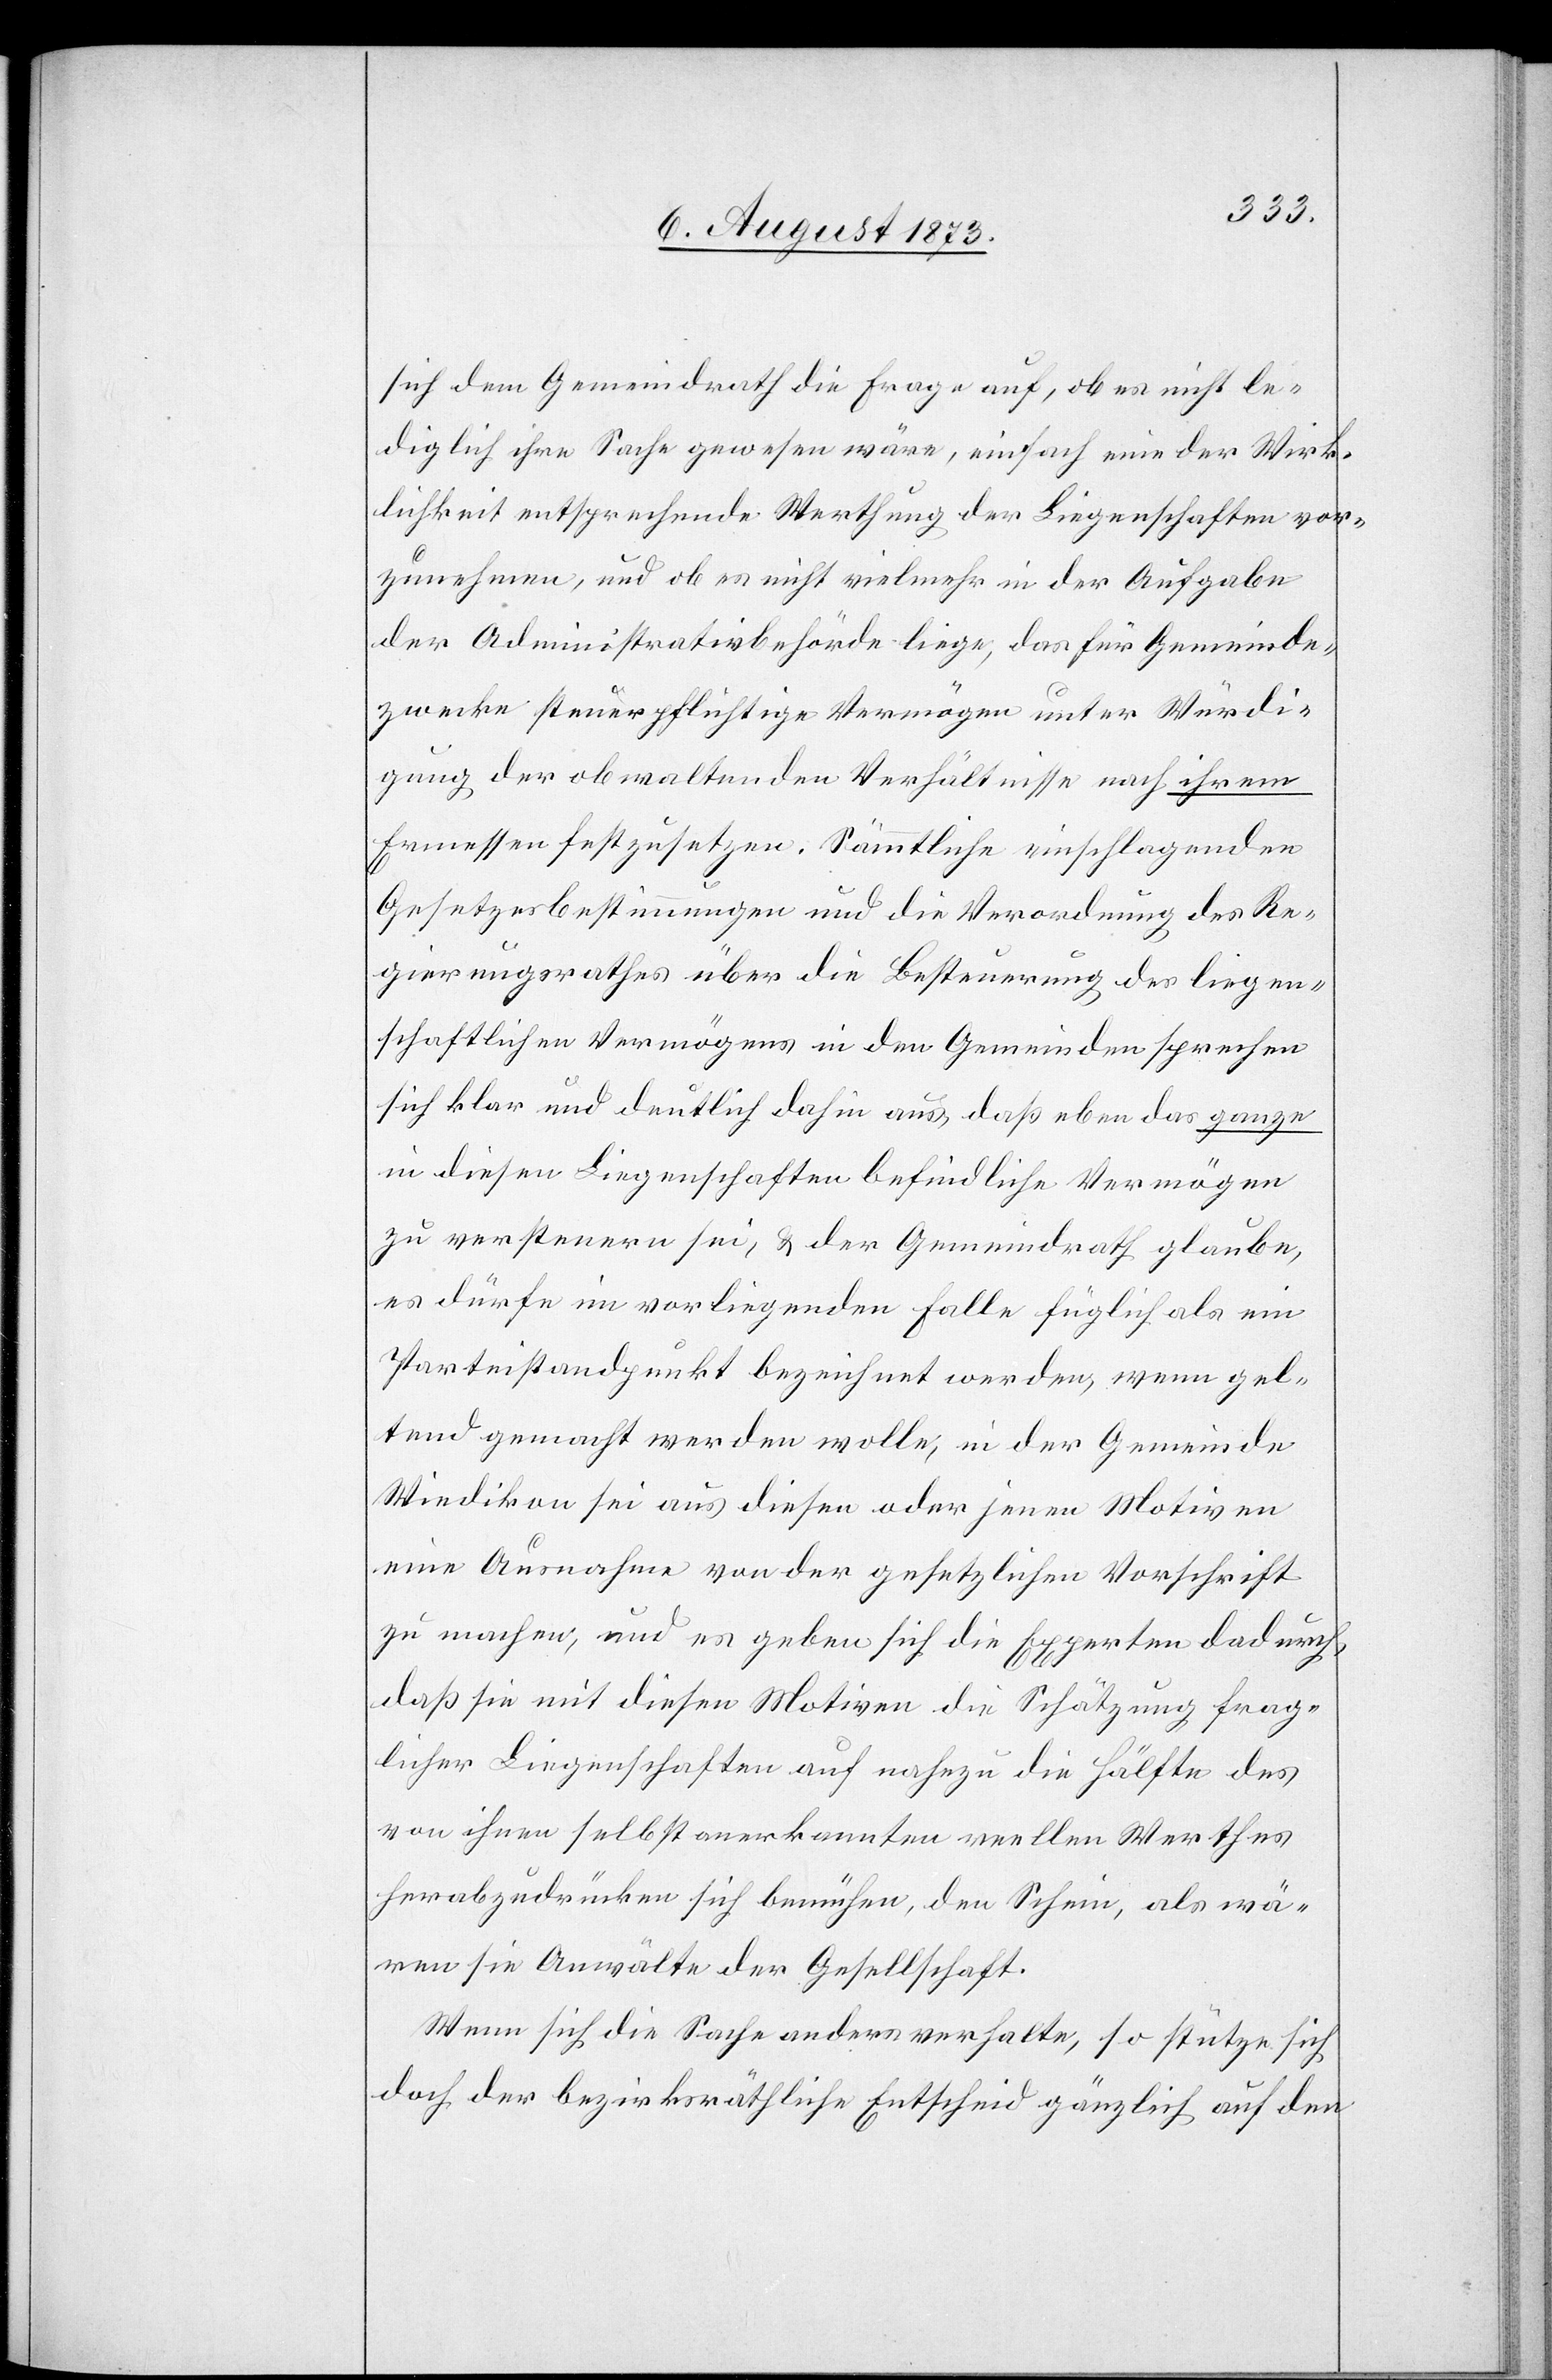
sich dem Gemeindrath die Frage auf, ob es nicht le¬
diglich ihre Sache gewesen wäre, einfach eine der Wirk¬
lichkeit entsprechende Werthung der Liegenschaften vor¬
zunehmen, und ob es nicht vielmehr in der Aufgabe
der Administrativbehörde liege, das für Gemeinde¬
zwecke steuerpflichtige Vermögen unter Würdi¬
gung der obwaltenden Verhältnisse nach ihrem
Ermessen festzusetzen. Sämmtliche einschlagenden
Gesetzesbestimmungen und die Verordnung des Re¬
gierungsrathes über die Besteuerung des liegen¬
schaftlichen Vermögens in den Gemeinden spreche
sich klar und deutlich dahin aus, daß eben das ganze
in diesen Liegenschaften befindliche Vermögen
zu versteuern sei, & der Gemeindrath glaube,
es dürfe im vorliegenden Falle füglich als ein
Parteistandpunkt bezeichnet werden, wenn gel¬
tend gemacht werden wolle, in der Gemeinde
Wiedikon sei aus diesen oder jenen Motiven
eine Ausnahme von der gesetzlichen Vorschrift
zu machen, und es geben sich die Experten dadurch,
daß sie mit diesen Motiven die Schätzung frag¬
licher Liegenschaften auf nahezu die Hälfte des
von ihnen selbst anerkannten reellen Werthes
herabzudrücken sich bemühen, den Schein, als wä¬
ren sie Anwälte der Gesellschaft.
Wenn sich die Sache anders verhalte, so stütze sich
doch der bezirksräthliche Entscheid gänzlich auf den